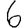
Digit: 6